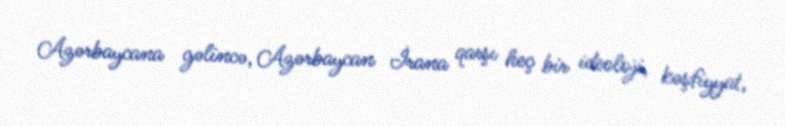
Azərbaycana gəlincə, Azərbaycan İrana qarşı heç bir ideoloji, kəşfiyyat,